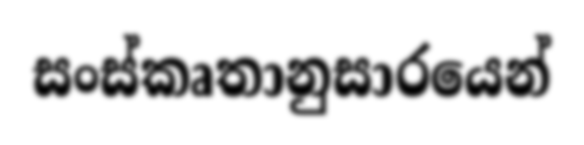
සංස්කෘතානුසාරයෙන්